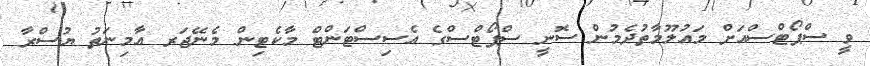
ވީ ސްޕޯޓްސްއަށް މައުލޫމާތުދެމުން ސޮނީ ސްޕޯޓްސްގެ އެސިސްޓަންޓް މާކެޓިން މެނޭޖަރ އާމިނަތު ޔުސްރާ